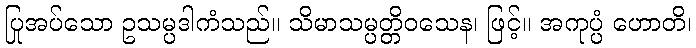
ပြုအပ်သော ဥသမ္ပဒါကံသည်။ သိမာသမ္ပတ္တိဝသေန၊ ဖြင့်။ အကုပ္ပံ ဟောတိ၊